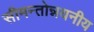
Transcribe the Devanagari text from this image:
सीमन्तोन्नयनीय